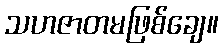
သဟဇာတမဖြစ်ချေ။